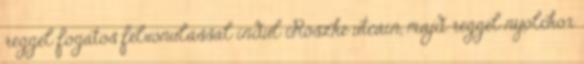
reggel fogatos felvonulással indul Röszke utcáin, majd reggel nyolckor